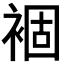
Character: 𧛂